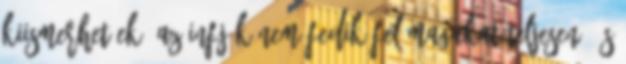
kiismerhetőek. Az INFJ-k nem fedik fel magukat teljesen, és